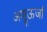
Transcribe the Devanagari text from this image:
अणूऊर्जा